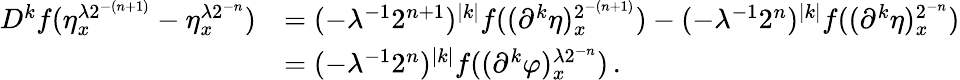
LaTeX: \begin{array}{rl}{D^{k}f(\eta_{x}^{\lambda 2^{-(n+1)}}-\eta_{x}^{\lambda 2^{-n}})}&{=(-\lambda^{-1}2^{n+1})^{|k|}f((\partial^{k}\eta)_{x}^{2^{-(n+1)}})-(-\lambda^{-1}2^{n})^{|k|}f((\partial^{k}\eta)_{x}^{2^{-n}})}\\ &{=(-\lambda^{-1}2^{n})^{|k|}f((\partial^{k}\varphi)_{x}^{\lambda 2^{-n}})\, .}\end{array}